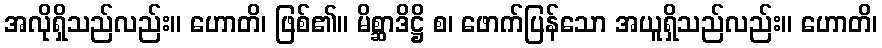
အလိုရှိသည်လည်း။ ဟောတိ၊ ဖြစ်၏။ မိစ္ဆာဒိဋ္ဌိ စ၊ ဖောက်ပြန်သော အယူရှိသည်လည်း။ ဟောတိ၊